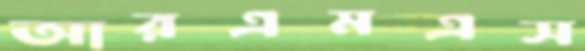
আরএমএস